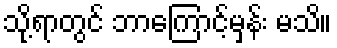
သို့ရာတွင် ဘာကြောင့်မှန်း မသိ။